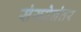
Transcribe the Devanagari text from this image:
संख्येनंतर